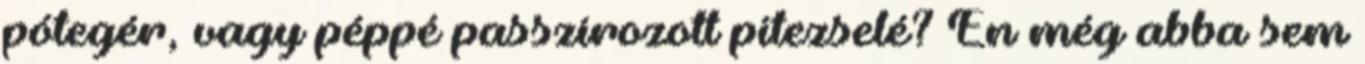
pótegér, vagy péppé passzírozott pitezselé? Én még abba sem